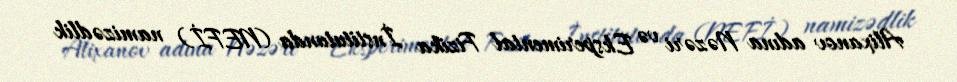
Alixanov adına Nəzəri və Eksperimental Fizika İnstitutunda (NEFİ) namizədlik